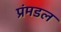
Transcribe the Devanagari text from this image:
प्रंमडल